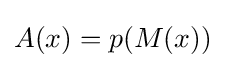
A(x)=p(M(x))